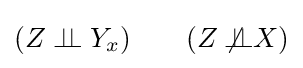
(Z\perp \!\!\!\perp Y_{x})\qquad (Z\not \!\!{\perp \!\!\!\perp }X)